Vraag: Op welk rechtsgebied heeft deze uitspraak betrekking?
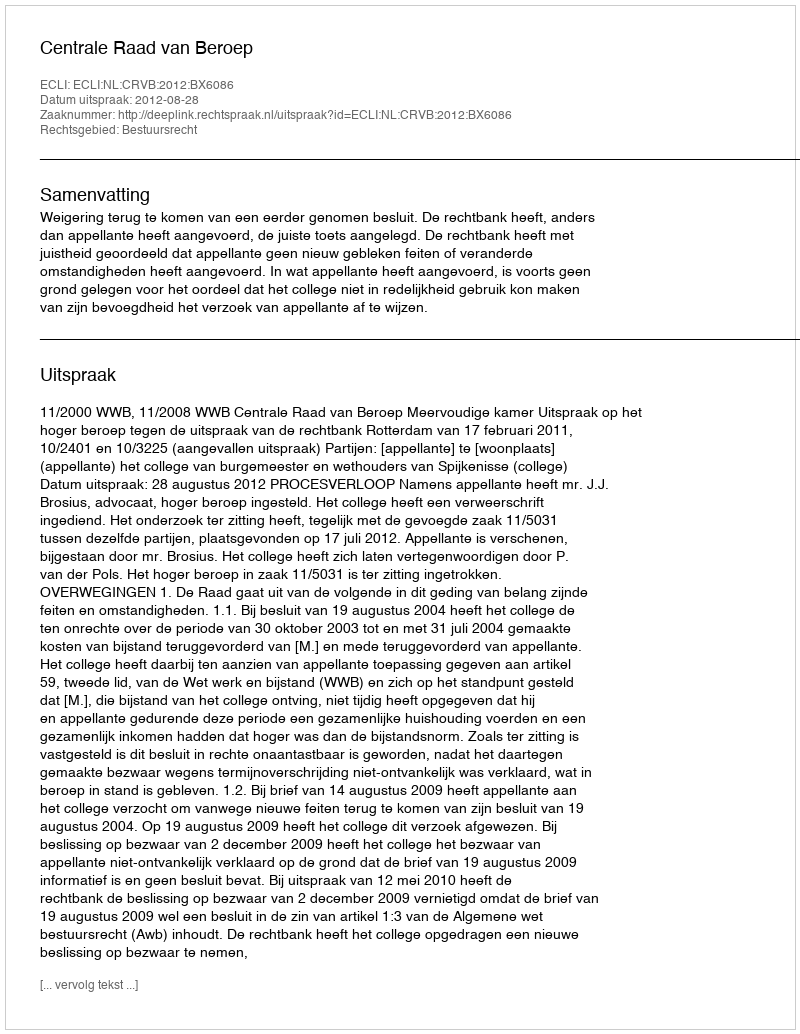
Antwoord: Bestuursrecht